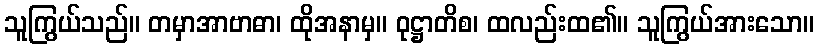
သူကြွယ်သည်။ တမှာအာဗာဓာ၊ ထိုအနာမှ။ ဝုဋ္ဌာတိစ၊ ထလည်းထ၏။ သူကြွယ်အားသော။